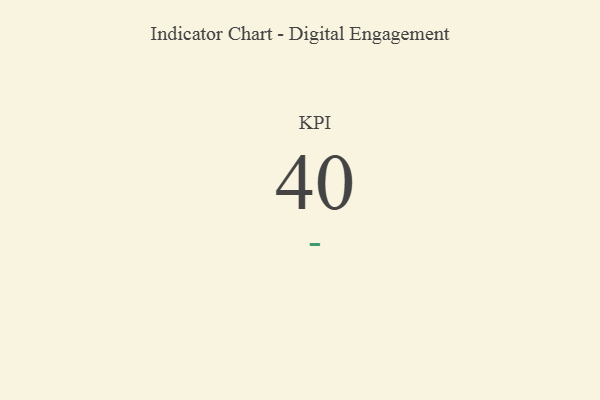
{"axis": {"x": "KPI", "y": "Value"}, "legend": [""], "data": [{"x": "KPI", "y": 40, "type": ""}]}